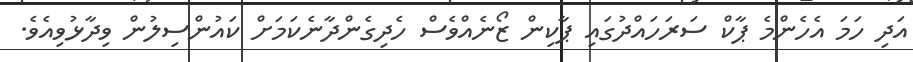
އަދި ހަމަ އެހެންމެ ޕާކް ސަރަހައްދުގައި ޕާކިން ޒޯނެއްވެސް ހެދިގެންދާނެކަމަށް ކައުންސިލުން ވިދާޅުވިއެވެ.